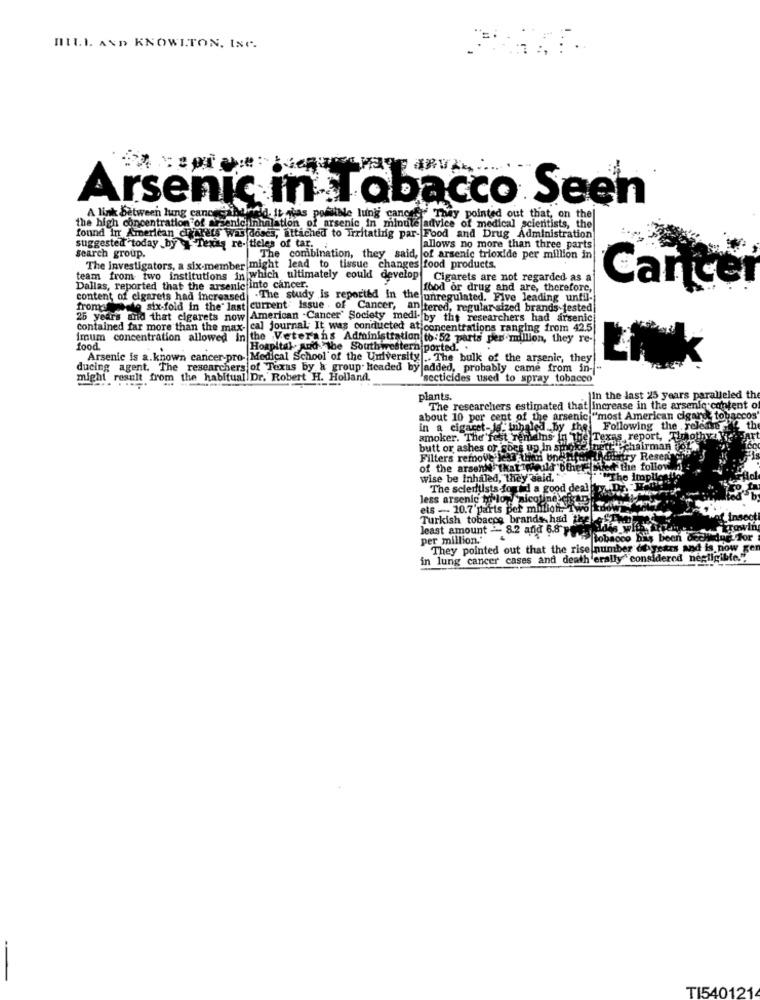
HILL AND KNOWITON, INC.
Arsenic in Tobacco Seen
A link Between lung cance
d. it was possible lung cancer They pointed out that, on the
the high concentration of Arsenic inhalation of arsenic in minute advice of medical scientists, the
found in American cysrets was doses, attached to Irritating par- Food and Drug Administration
suggested today by " Texas re- tieles of tar.
search group.
allows no more than three parts
The combination, they said, of arsenic trioxide per million in
The investigators, a six-member might lead to tissue changes food products.
team from two institutions in which ultimately could develop
Cigarets are not regarded as a
Dallas, reported that the arsenic into cancer.
food or drug and are, therefore,
Cancer
content of cigarets had Increased - The study is reported in the unregulated. Five leading until-
froma tweeto six-fold in the' last current" Issue . of Cancer, an tered, regular sized brands testedi
25 years and that cigarets now American -Cancer Society medi- by the researchers had arsenic
contained far more than the max- cal journal. It was conducted at concentrations ranging from 42.5
imum concentration allowed in the Veterans Administration to:52 parts per million, they re-
food
Hospital And "the Southwestern ported ..
Arsenic is a.known cancer-pro- Medical School of the University .. The bulk of the arsenic, they
ducing agent. The researchers of Texas by & group. Headed by added, probably came from in-
might result from the habitual Dr. Robert H. Holland.
"secticides used to spray tobacco
plants.
In the last 25 years paralleled th
The researchers estimated that increase in the arsenic content o
about 10 por cent of the arsenic "most American cigaret tobaccos
in a cigaret- ja. inhaled by the]
Following the rele
smoker. The fest remains in the Texas report, Amoth
butt or ashes or goes up in smoke
chairman yo
Filters remove less than bnen
dufry Resent
of the arsenie that Theuld other
t the follow
wise be inhaled, they said.
The scientists found a good deal to
less arsenic to lon 'nicotine cisne
ets - 10.7'parts per million, 1W5
Turkish tobacco brands had the
insoo
Prowin
least amount - 8.2 and 6.8 Puis tobacco his been doch
per million.'
They pointed out that the rise number de years and is now gen
in lung cancer cases and death erally" considered negligible."
-
TI540121